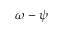
\omega - \psi